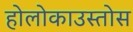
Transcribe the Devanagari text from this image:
होलोकाउस्तोस